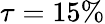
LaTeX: \tau=15\%